Tezpur Lunatic Asylum reports 1895-1904 - 1895-1904
Year: 1895
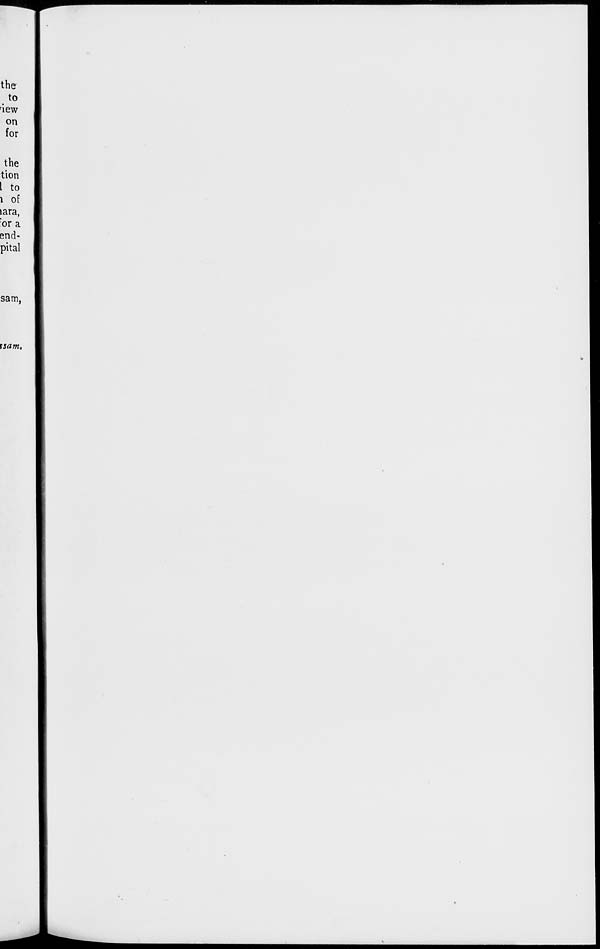
the
to
'iew
on
for
the
tion
I to
1 of
lara,
: or a
end-
pital
sam.
xsam.